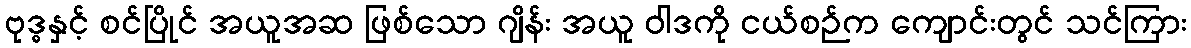
ဗုဒ္ဓနှင့် စင်ပြိုင် အယူအဆ ဖြစ်သော ဂျိန်း အယူ ဝါဒကို ငယ်စဉ်က ကျောင်းတွင် သင်ကြား